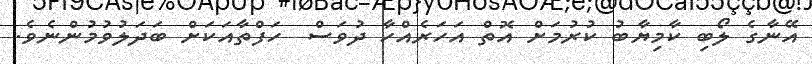
އޭނާގެ ލޯބި ކާމިޔާބު ކުރުމަށް އޮތް އަހަރެއްހާ ދުވަސް  ހަފްތާއަކަށް ބަދަލުވުމުންނެވެ.